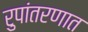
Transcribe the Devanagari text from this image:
रुपांतरणात